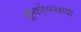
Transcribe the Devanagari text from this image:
क्रूकोव्स्कया